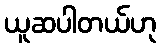
ယူဆပါတယ်ဟု